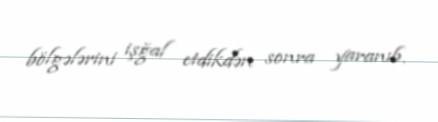
bölgələrini işğal etdikdən sonra yaranıb.